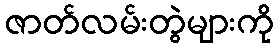
ဇာတ်လမ်းတွဲများကို